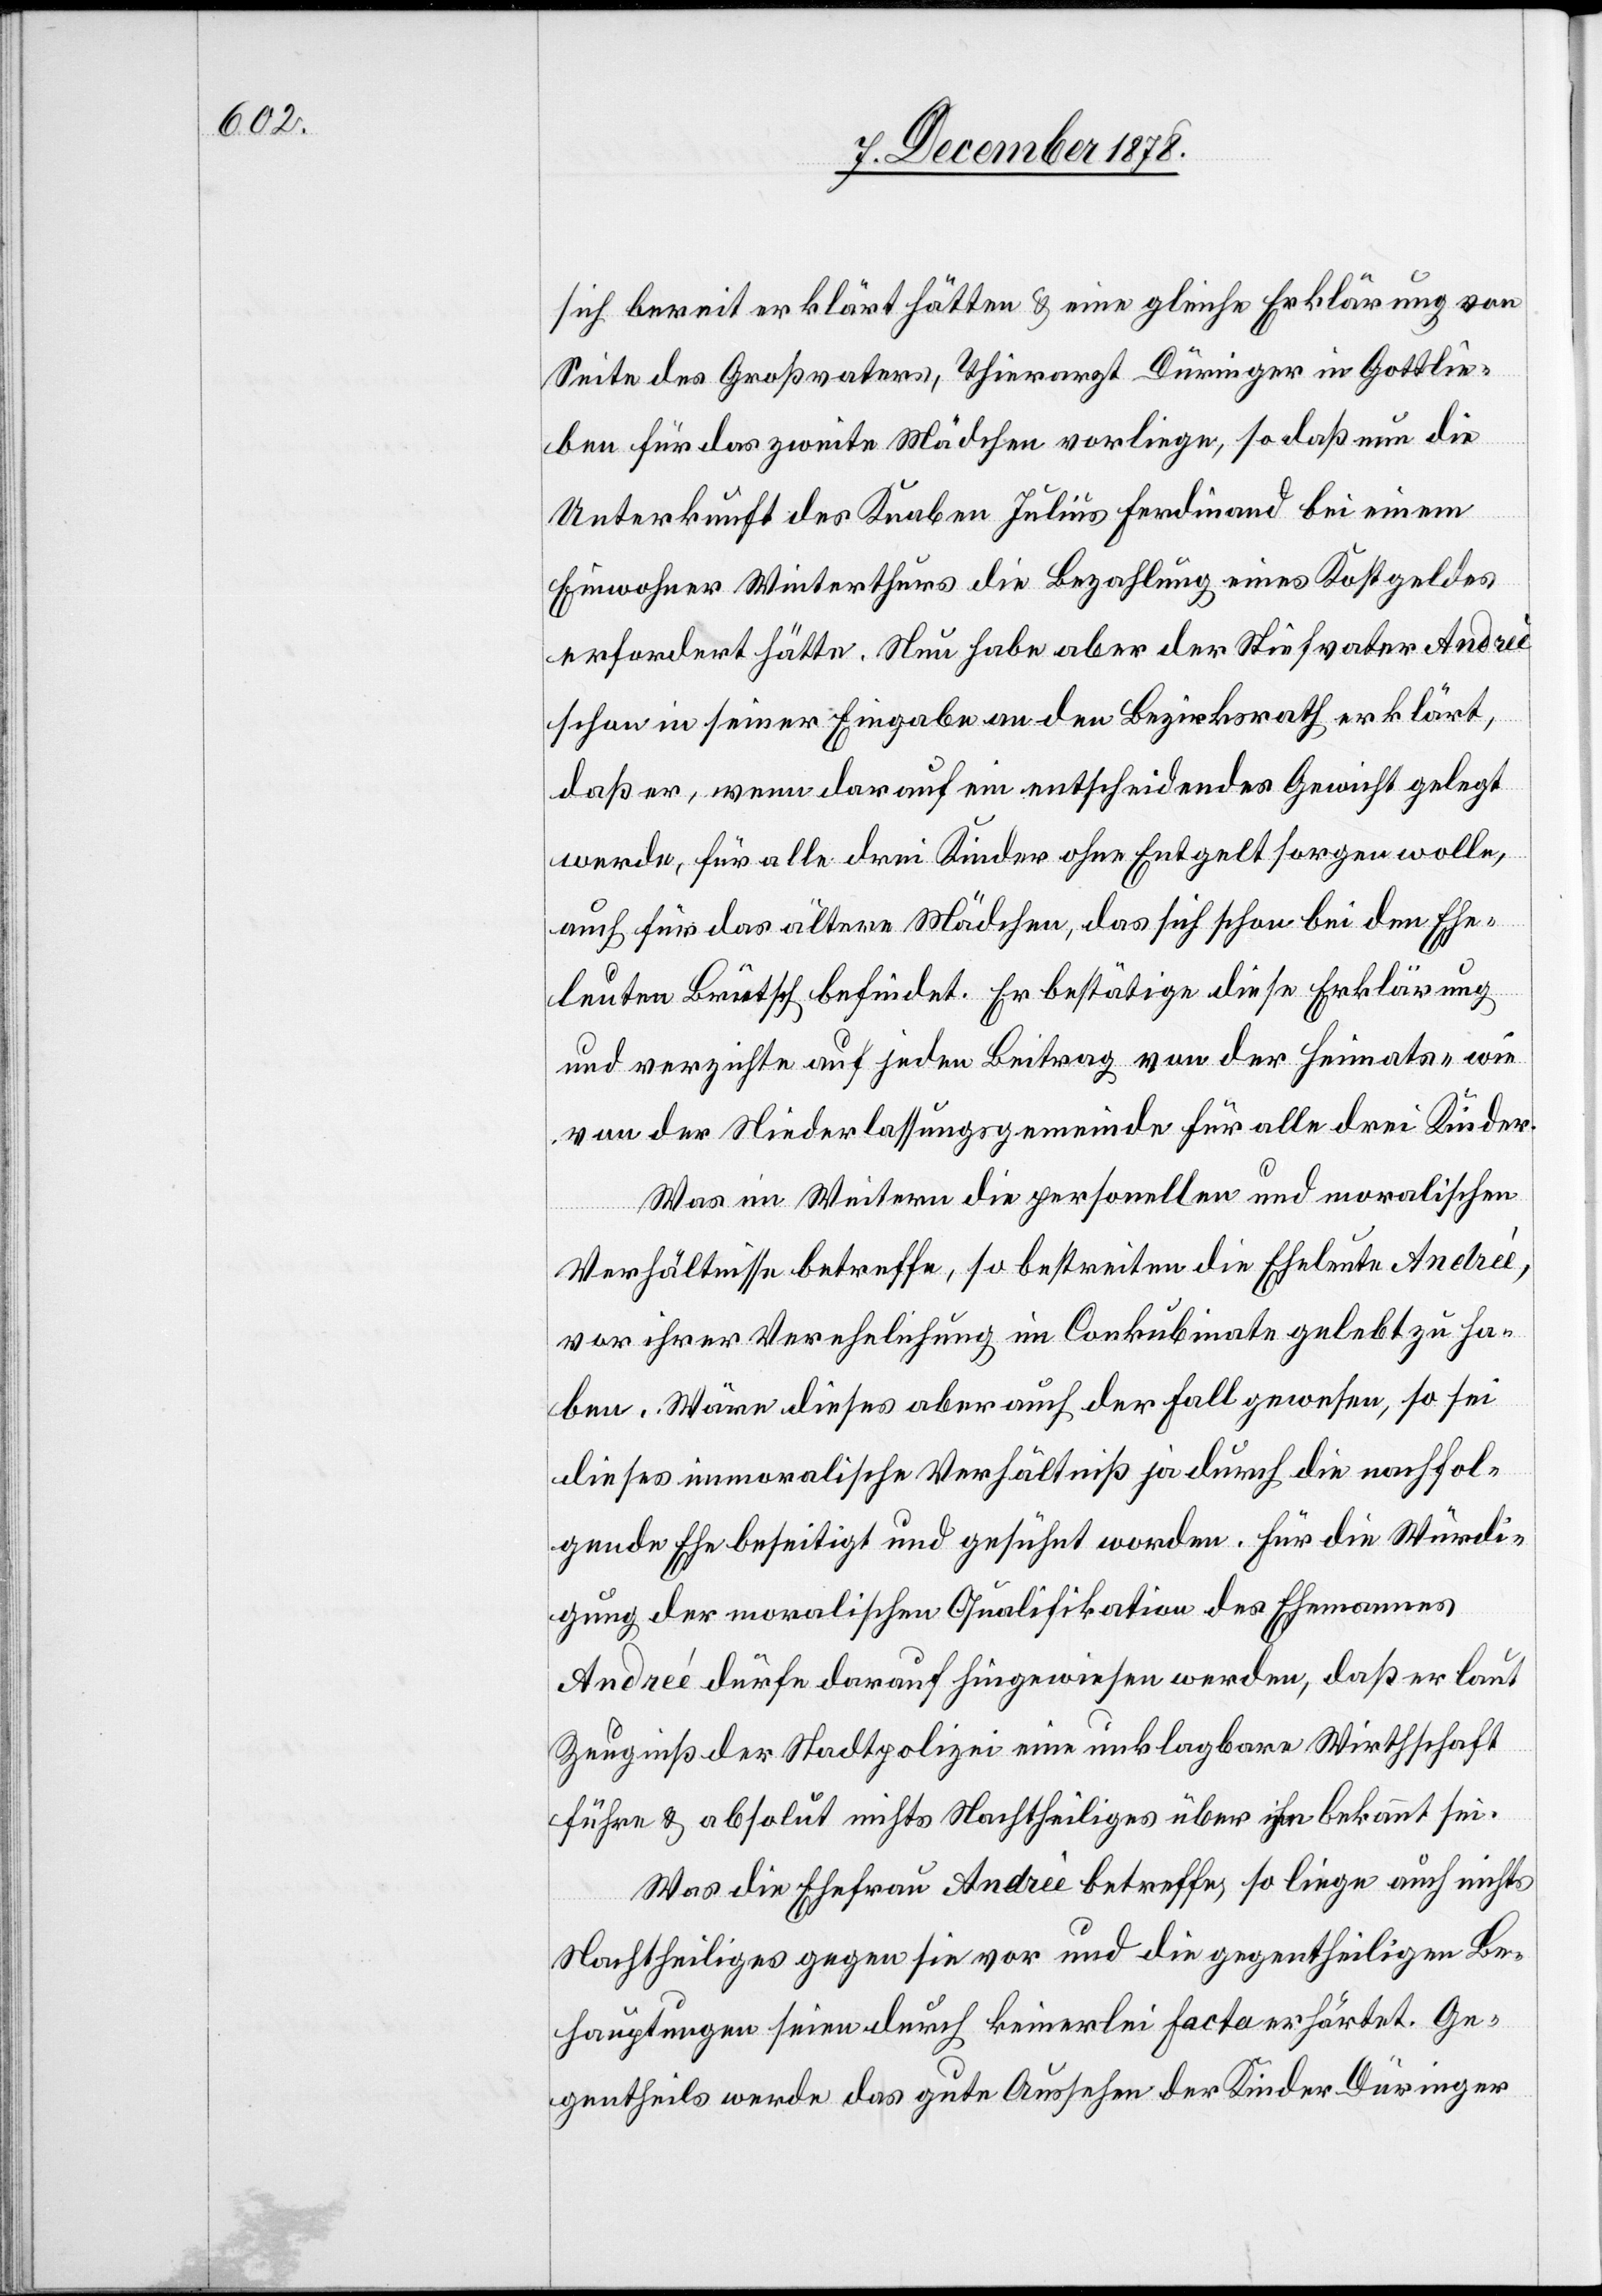
sich bereit erklärt hätten & eine gleiche Erklärung von
Seite des Großvaters, Thierarzt Düringer in Gottlie¬
ben für das zweite Mädchen vorliege, so daß nun die
Unterkunft des Knaben Julius Ferdinand bei einem
Einwohner Winterthurs die Bezahlung eines Kostgeldes
erfordert hätte. Nun habe aber der Stiefvater Andreè
schon in seiner Eingabe an den Bezirksrath erklärt,
daß er, wenn darauf ein entscheidendes Gewicht gelegt
werde, für alle drei Kinder ohne Entgelt sorgen wolle,
auch für das ältere Mädchen, das sich schon bei den Ehe¬
leuten Brütsch befindet. Er bestätige diese Erklärung
und verzichte auf jeden Beitrag von der Heimats- wie
von der Niederlassungsgemeinde für alle drei Kinder.
Was im Weitern die personellen und moralischen
Verhältnisse betreffe, so bestreiten die Eheleute Andreé,
vor ihrer Verehelichung im Conkubinate gelebt zu ha¬
ben. Wäre dieses aber auch der Fall gewesen, so sei
dieses immoralische Verhältniß ja durch die nachfol¬
gende Ehe beseitigt und gesühnt worden. Für die Würdi¬
gung der moralischen Qualifikation des Ehemannes
Andreé dürfe darauf hingewiesen werden, daß er laut
Zeugniß der Stadtpolizei eine unklagbare Wirthschaft
führe & absolut nichts Nachtheiliges über ihn bekannt sei.
Was die Ehefrau Andreè betreffe, so liege auch nichts
Nachtheiliges gegen sie vor und die gegentheiligen Be¬
hauptungen seien durch keinerlei facta erhärtet. Ge¬
gentheils werde das gute Aussehen der Kinder Düringer